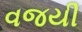
વજયી